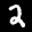
Label: 2